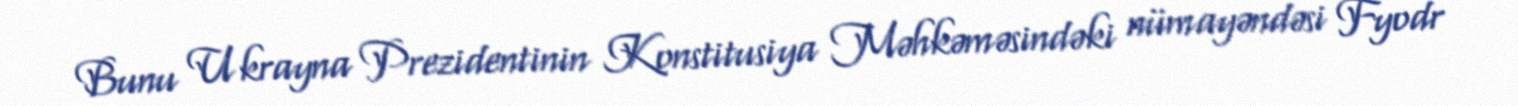
Bunu Ukrayna Prezidentinin Konstitusiya Məhkəməsindəki nümayəndəsi Fyodr